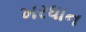
ખરધાન